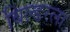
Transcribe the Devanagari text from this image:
बिल्डरला